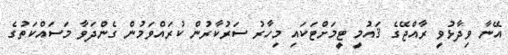
އޭނާ ވިދާޅުވީ ރާއްޖޭގެ ޤައުމީ ޓީމަށްޓަކައި މިހާރު ސަރުކާރުން ކުރައްވަމުން ގެންދަވާ މަސައްކަތުގެ